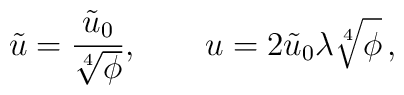
\tilde{u} = \frac{\tilde{u}_0}{\sqrt[4]{\phi}}, \qquad u = 2  \tilde{u}_0\lambda \sqrt[4]{\phi}\,,